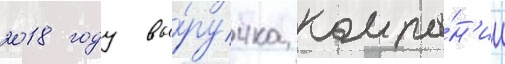
2018 году вы́ручка компа́н'ии